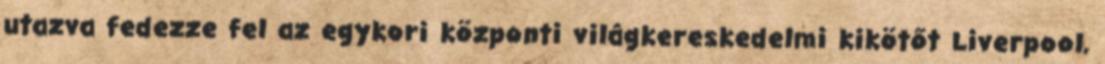
utazva fedezze fel az egykori központi világkereskedelmi kikötőt Liverpool,